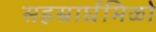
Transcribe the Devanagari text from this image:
सहस्रार्घमिळो